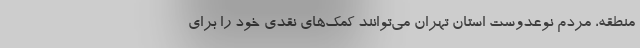
منطقه، مردم نوعدوست استان تهران می‌توانند کمک‌های نقدی خود را برای